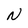
Character: N